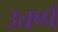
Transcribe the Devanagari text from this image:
उत्तप्पे